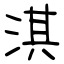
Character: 淇